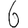
Digit: 6